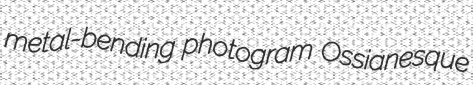
metal-bending photogram Ossianesque